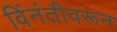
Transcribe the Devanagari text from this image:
विंनंतीवरून